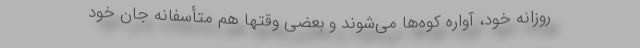
روزانه خود، آواره کوه‌ها می‌شوند و بعضی وقتها هم متأسفانه جان خود